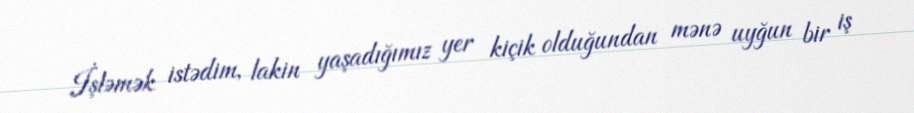
İşləmək istədim, lakin yaşadığımız yer kiçik olduğundan mənə uyğun bir iş